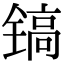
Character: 镐